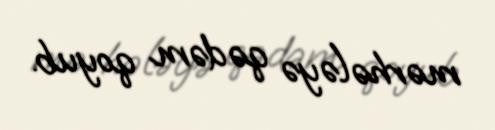
mərhələyə qədəm qoyub.